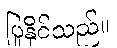
ပြုနိုင်သည်။